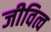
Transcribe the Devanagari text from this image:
जीवित्व